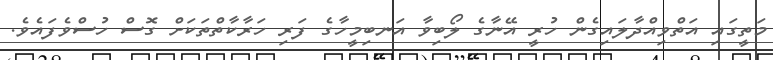
މަތީގައި އަތްވިއްދާލައިގެން ހުރީ އޭނާގެ ލޯބިވާ އަނބިމީހާގެ ފަރި ހަރާކާތްތަކަށް ގޮސް ހުސްވެފައެވެ.